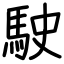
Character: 駛